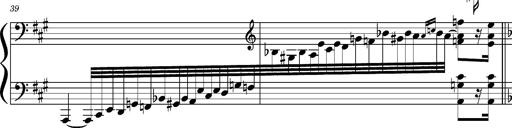
Title: Concerto sans orchestre, S.524a
Composer: Franz Liszt
Key: A major